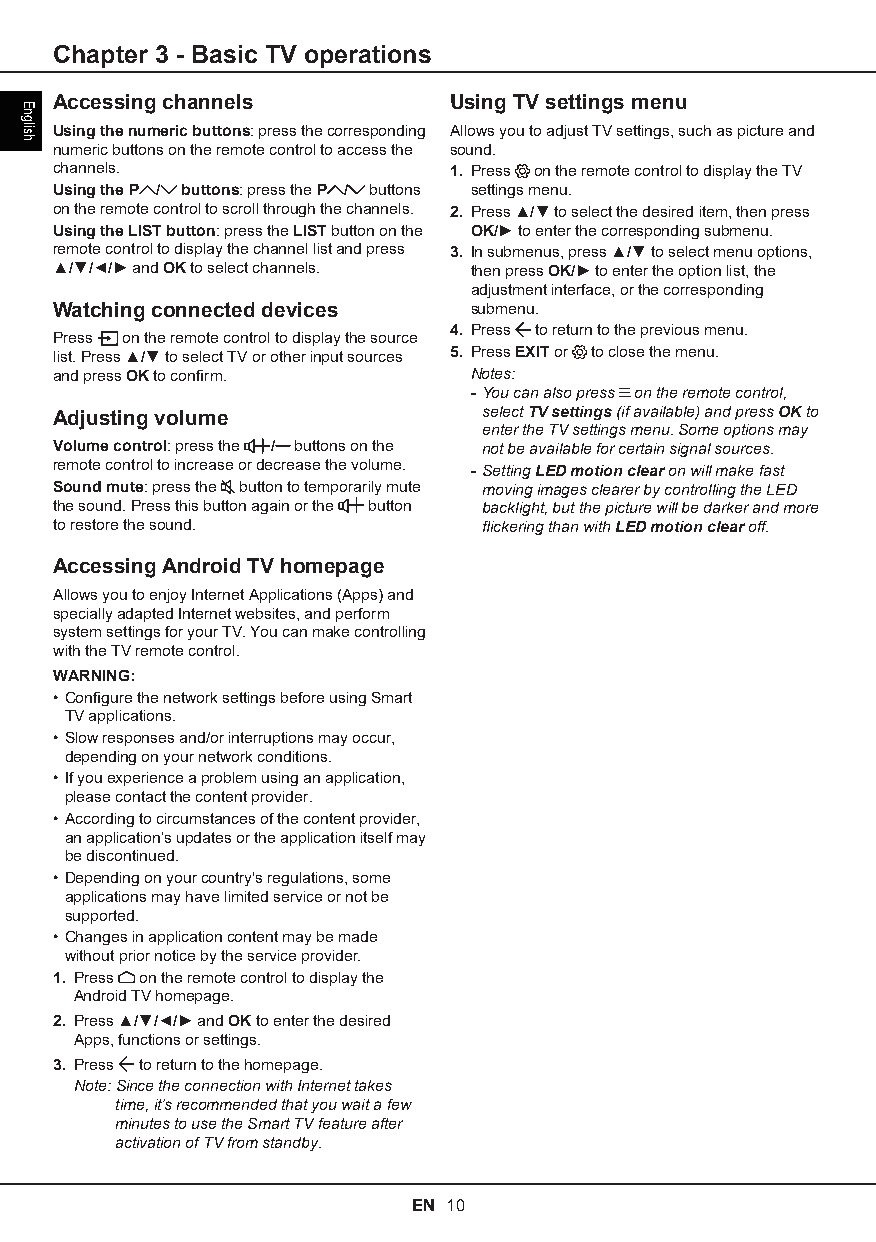
Chapter 3 - Basic TV operations
 Accessing channels        Using TV settings menu
 Using the numeric buttons: press the corresponding Allows you to adjust TV settings, such as picture and
 numeric buttons on the remote control to access the sound.
 channels.                 1. Press on the remote control to display the TV
 Using the P / buttons: press the P / buttons settings menu.
 on the remote control to scroll through the channels. 2. Press ▲/▼ to select the desired item, then press
 Using the LIST button: press the LIST button on the OK/► to enter the corresponding submenu.
 remote control to display the channel list and press 3. In submenus, press ▲/▼ to select menu options,
 ▲/▼/◄/► and OK to select channels. then press OK/► to enter the option list, the
 adjustment interface, or the corresponding
 Watching connected devices submenu.
 4. Press to return to the previous menu.
 Press on the remote control to display the source
 list. Press ▲/▼ to select TV or other input sources 5. Press EXIT or to close the menu.
 and press OK to confirm.   Notes:
 - You can also press on the remote control,
 Adjusting volume            select TV settings (if available) and press OK to
 enter the TV settings menu. Some options may
 Volume control: press the / buttons on the not be available for certain signal sources.
 remote control to increase or decrease the volume. - Setting LED motion clear on will make fast
 Sound mute: press the button to temporarily mute moving images clearer by controlling the LED
 the sound. Press this button again or the button backlight, but the picture will be darker and more
 to restore the sound.       flickering than with LED motion clear off.
 Accessing Android TV homepage
 Allows you to enjoy Internet Applications (Apps) and
 specially adapted Internet websites, and perform
 system settings for your TV. You can make controlling
 with the TV remote control.
 WARNING:
 • Configure the network settings before using Smart
 TV applications.
 • Slow responses and/or interruptions may occur,
 depending on your network conditions.
 • If you experience a problem using an application,
 please contact the content provider.
 • According to circumstances of the content provider,
 an application’s updates or the application itself may
 be discontinued.
 • Depending on your country's regulations, some
 applications may have limited service or not be
 supported.
 • Changes in application content may be made
 without prior notice by the service provider.
 1. Press on the remote control to display the
 Android TV homepage.
 2. Press ▲/▼/◄/► and OK to enter the desired
 Apps, functions or settings.
 3. Press to return to the homepage.
 Note: Since the connection with Internet takes
 time, it’s recommended that you wait a few
 minutes to use the Smart TV feature after
 activation of TV from standby.
 EN 10
 English